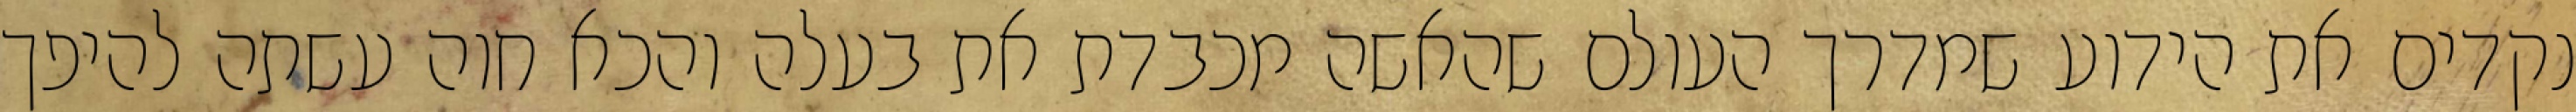
נקדים את הידוע שמדרך העולם שהאשה מכבדת את בעלה והכא חוה עשתה להיפך